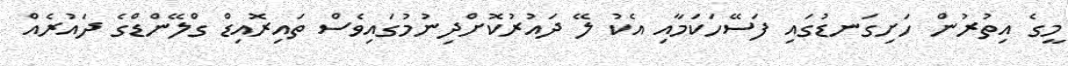
މީގެ އިތުރުން ހަށިގަނޑުގައި ފަސޭހަކަމާއި އެކު ލޭ ދައުރުކޮށްދިނުމުގައިވެސް ތައިރޮއިޑް ގްލޭންޑްގެ ދައުރެއް